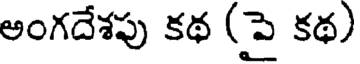
అంగదేశపు కథ (పై కథ)